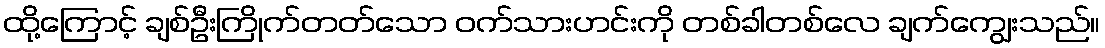
ထို့ကြောင့် ချစ်ဦးကြိုက်တတ်သော ဝက်သားဟင်းကို တစ်ခါတစ်လေ ချက်ကျွေးသည်။